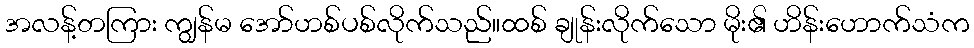
အလန့်တကြား ကျွန်မ အော်ဟစ်ပစ်လိုက်သည်။ထစ် ချုန်းလိုက်သော မိုး၏ ဟိန်းဟောက်သံက